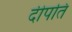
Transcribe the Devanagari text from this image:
दीपति